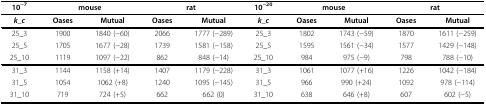
<table><thead><tr><td><b>10<sup>−7 </sup></b></td><td colspan="2"><b>mouse </b></td><td colspan="2"><b>rat </b></td><td><b>10<sup>−20 </sup></b></td><td colspan="2"><b>mouse </b></td><td colspan="2"><b>rat </b></td></tr></thead><tbody><tr><td><b><i>k</i>_<i>c</i></b></td><td><b>Oases </b></td><td><b>Mutual </b></td><td><b>Oases </b></td><td><b>Mutual </b></td><td><b><i>k</i>_<i>c</i></b></td><td><b>Oases </b></td><td><b>Mutual </b></td><td><b>Oases </b></td><td><b>Mutual </b></td></tr><tr><td>25_3</td><td>1900</td><td>1840 (−60)</td><td>2066</td><td>1777 (−289)</td><td>25_3</td><td>1802</td><td>1743 (−59)</td><td>1870</td><td>1611 (−259)</td></tr><tr><td>25_5</td><td>1705</td><td>1677 (−28)</td><td>1739</td><td>1581 (−158)</td><td>25_5</td><td>1595</td><td>1561 (−34)</td><td>1577</td><td>1429 (−148)</td></tr><tr><td>25_10</td><td>1119</td><td>1097 (−22)</td><td>862</td><td>848 (−14)</td><td>25_10</td><td>984</td><td>975 (−9)</td><td>798</td><td>788 (−10)</td></tr><tr><td>31_3</td><td>1144</td><td>1158 (+14)</td><td>1407</td><td>1179 (−228)</td><td>31_3</td><td>1061</td><td>1077 (+16)</td><td>1226</td><td>1042 (−184)</td></tr><tr><td>31_5</td><td>1054</td><td>1062 (+8)</td><td>1240</td><td>1095 (−145)</td><td>31_5</td><td>966</td><td>990 (+24)</td><td>1092</td><td>978 (−114)</td></tr><tr><td>31_10</td><td>719</td><td>724 (+5)</td><td>662</td><td>662 (0)</td><td>31_10</td><td>638</td><td>646 (+8)</td><td>607</td><td>602 (−5)</td></tr></tbody></table>